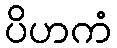
ပိဟကံ